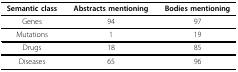
<table><thead><tr><td><b>Semantic class</b></td><td><b>Abstracts mentioning</b></td><td><b>Bodies mentioning</b></td></tr></thead><tbody><tr><td>Genes</td><td>94</td><td>97</td></tr><tr><td>Mutations</td><td>1</td><td>19</td></tr><tr><td>Drugs</td><td>18</td><td>85</td></tr><tr><td>Diseases</td><td>65</td><td>96</td></tr></tbody></table>